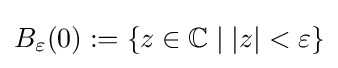
B_{\varepsilon }(0):=\lbrace z\in \mathbb {C} \mid |z|<\varepsilon \rbrace